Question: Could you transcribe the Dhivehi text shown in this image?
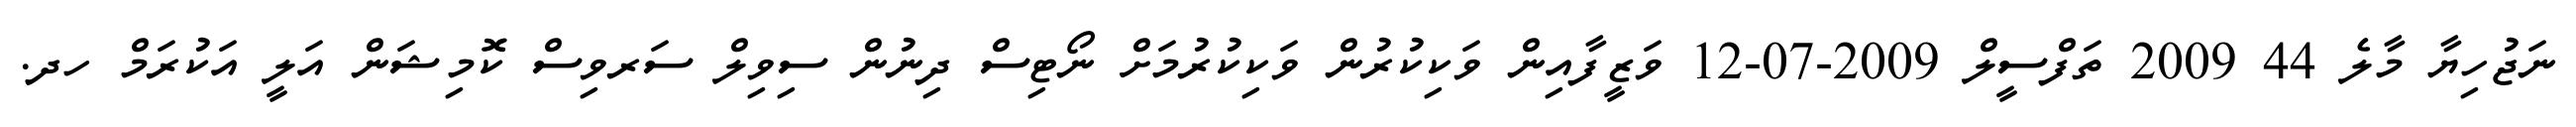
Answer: ނަޖުހިޔާ މާލެ 44 2009 ތަފްސީލް 2009-07-12 ވަޒީފާއިން ވަކިކުރުން ވަކިކުރުމަށް ނޯޓިސް ދިނުން ސިވިލް ސަރވިސް ކޮމިޝަން އަލީ އަކުރަމް ހދ.